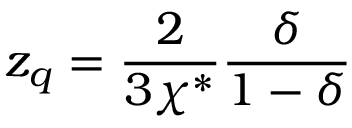
z _ { q } = \frac { 2 } { 3 \chi ^ { * } } \frac { \delta } { 1 - \delta }